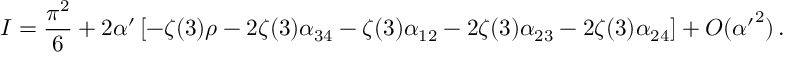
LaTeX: I = \frac { \pi ^ { 2 } } { 6 } + 2 \alpha ^ { \prime } \left[ - \zeta ( 3 ) \rho - 2 \zeta ( 3 ) \alpha _ { 3 4 } - \zeta ( 3 ) \alpha _ { 1 2 } - 2 \zeta ( 3 ) \alpha _ { 2 3 } - 2 \zeta ( 3 ) \alpha _ { 2 4 } \right] + { \cal O } ( { \alpha ^ { \prime } } ^ { 2 } ) \, .